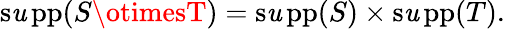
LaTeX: \operatorname{s\mathit{u}pp}(S\otimesT)=\operatorname{s\mathit{u}pp}(S)\times\operatorname{s\mathit{u}pp}(T).